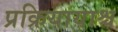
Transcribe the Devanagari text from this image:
प्रक्रियायाश्च